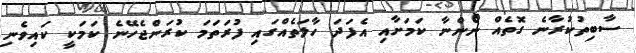
ސާބިތުކުރާނެ ގޮތެއް ނޯންނާ ކަމަށާއި އެފަދަ ހާލަތެއްގައި ފުރަތަމަ ކުރަންޖެހޭނެ ކަމަކީ ކައިވެނި